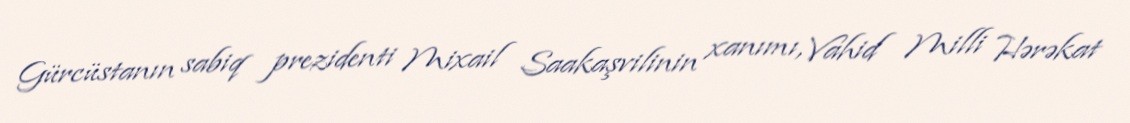
Gürcüstanın sabiq prezidenti Mixail Saakaşvilinin xanımı, Vahid Milli Hərəkat